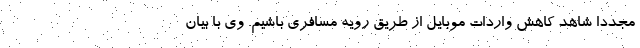
مجددا شاهد کاهش واردات موبایل از طریق رویه مسافری باشیم. وی با بیان